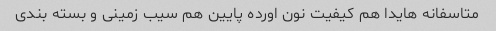
متاسفانه هایدا هم کیفیت نون اورده پایین هم سیب زمینی و بسته بندی